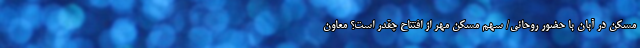
مسکن در آبان با حضور روحانی/ سهم مسکن مهر از افتتاح چقدر است؟ معاون